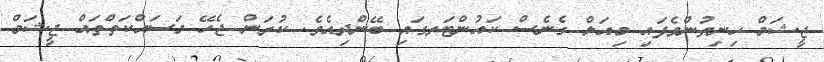
ޖީޝަމް ހިނިތުންވެފައި މިއަލް ގެނެސް ކައުންޓަރގައި ބޭންދިއެވެ. ކުރަން ޖެހޭ މަސައްކަތްތައް ޖީޝަމް